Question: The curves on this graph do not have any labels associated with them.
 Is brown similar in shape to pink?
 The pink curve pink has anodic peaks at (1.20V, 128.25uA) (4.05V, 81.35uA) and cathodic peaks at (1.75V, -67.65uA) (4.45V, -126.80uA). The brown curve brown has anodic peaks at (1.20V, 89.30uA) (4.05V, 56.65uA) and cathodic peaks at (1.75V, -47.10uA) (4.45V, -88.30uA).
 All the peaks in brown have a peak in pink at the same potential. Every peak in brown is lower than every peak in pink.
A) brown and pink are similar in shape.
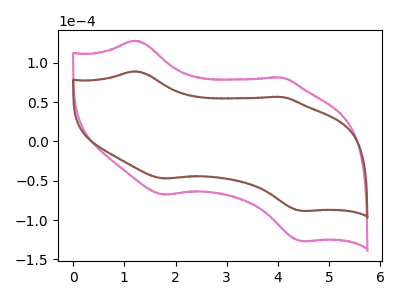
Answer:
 <answer>A) "brown" and "pink" are similar in shape.</answer>
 <eval>A</eval>